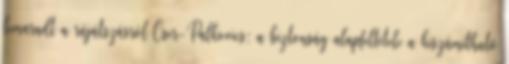
lemaradt a rájátszásról Cser-Palkovics: a biztonság alapfeltétele a kiszámítható